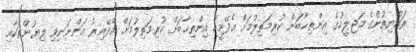
ރައްޔިތުންގެ މަޖިލީހުގެ އިންތިޚާބަށް ކުރިމަތިލުމަށް އެދޭމީހާ އިންތިޚާބަށް ކުރިމަތިލުމަށް އެދޭއިރު އަންނަނިވި ލިޔުންތަކާއި